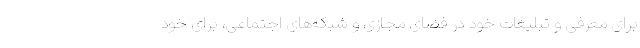
برای معرفی و تبلیغات خود در فضای مجازی و شبکه‌های اجتماعی، برای خود